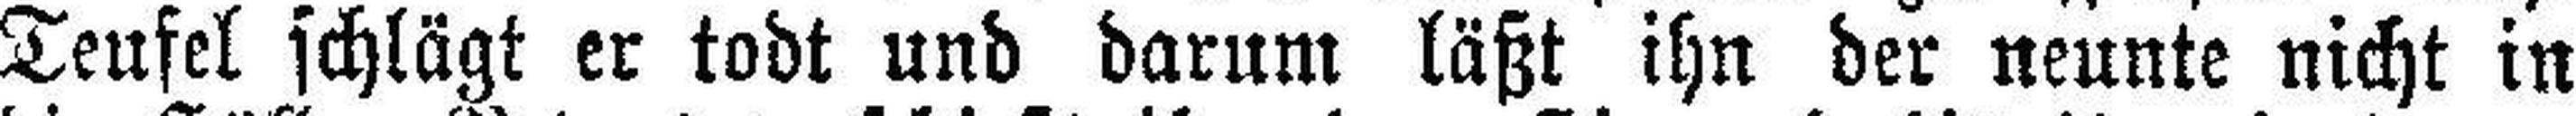
Teufel schlägt er todt und darum läßt ihn der neunte nicht in